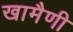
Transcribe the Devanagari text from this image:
खामैणी